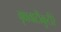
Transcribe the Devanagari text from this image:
वृक्षवाटीकुटीरे